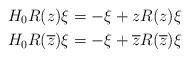
LaTeX: \begin{align*} H_0R(z)\xi &=-\xi+ zR(z)\xi\\ H_0R(\overline{z})\xi& =-\xi+ \overline{z}R(\overline{z})\xi \end{align*}